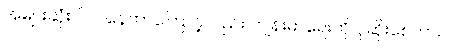
အများဆုံးပါဝင်နေတာကြောင့်လည်း ကျန်းမာရေးကို ပိုဆိုးစေတာပါ။